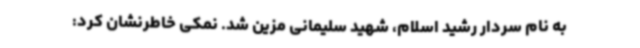
به نام سردار رشید اسلام، شهید سلیمانی مزین شد. نمکی خاطرنشان کرد: